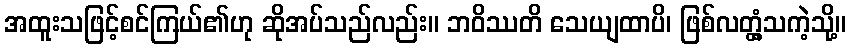
အထူးသဖြင့်စင်ကြယ်၏ဟု ဆိုအပ်သည်လည်း။ ဘဝိဿတိ သေယျထာပိ၊ ဖြစ်လတ္တံ့သကဲ့သို့။